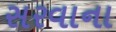
સરવાના